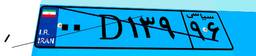
۰۰D۱۳۹۹۶